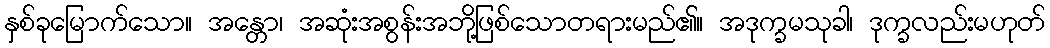
နှစ်ခုမြောက်သော။ အန္တော၊ အဆုံးအစွန်းအဘို့ဖြစ်သောတရားမည်၏။ အဒုက္ခမသုခါ၊ ဒုက္ခလည်းမဟုတ်